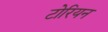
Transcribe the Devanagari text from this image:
टोरियन